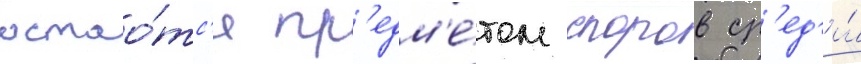
остао́тс'я пр'едм'е́том споров ср'ед'и́